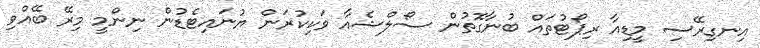
އިނގިރޭސި މީޑިއާ ރިޕޯޓުތައް ބުނާގޮތުން ސޯލްޝެއާ ވަކިކުރަން ޔުނައިޓެޑުން ނިންމީ މިރޭ ބޭއްވި